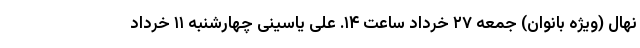
نهال (ویژه بانوان) جمعه ۲۷ خرداد ساعت ۱۴. علی یاسینی چهارشنبه ۱۱ خرداد